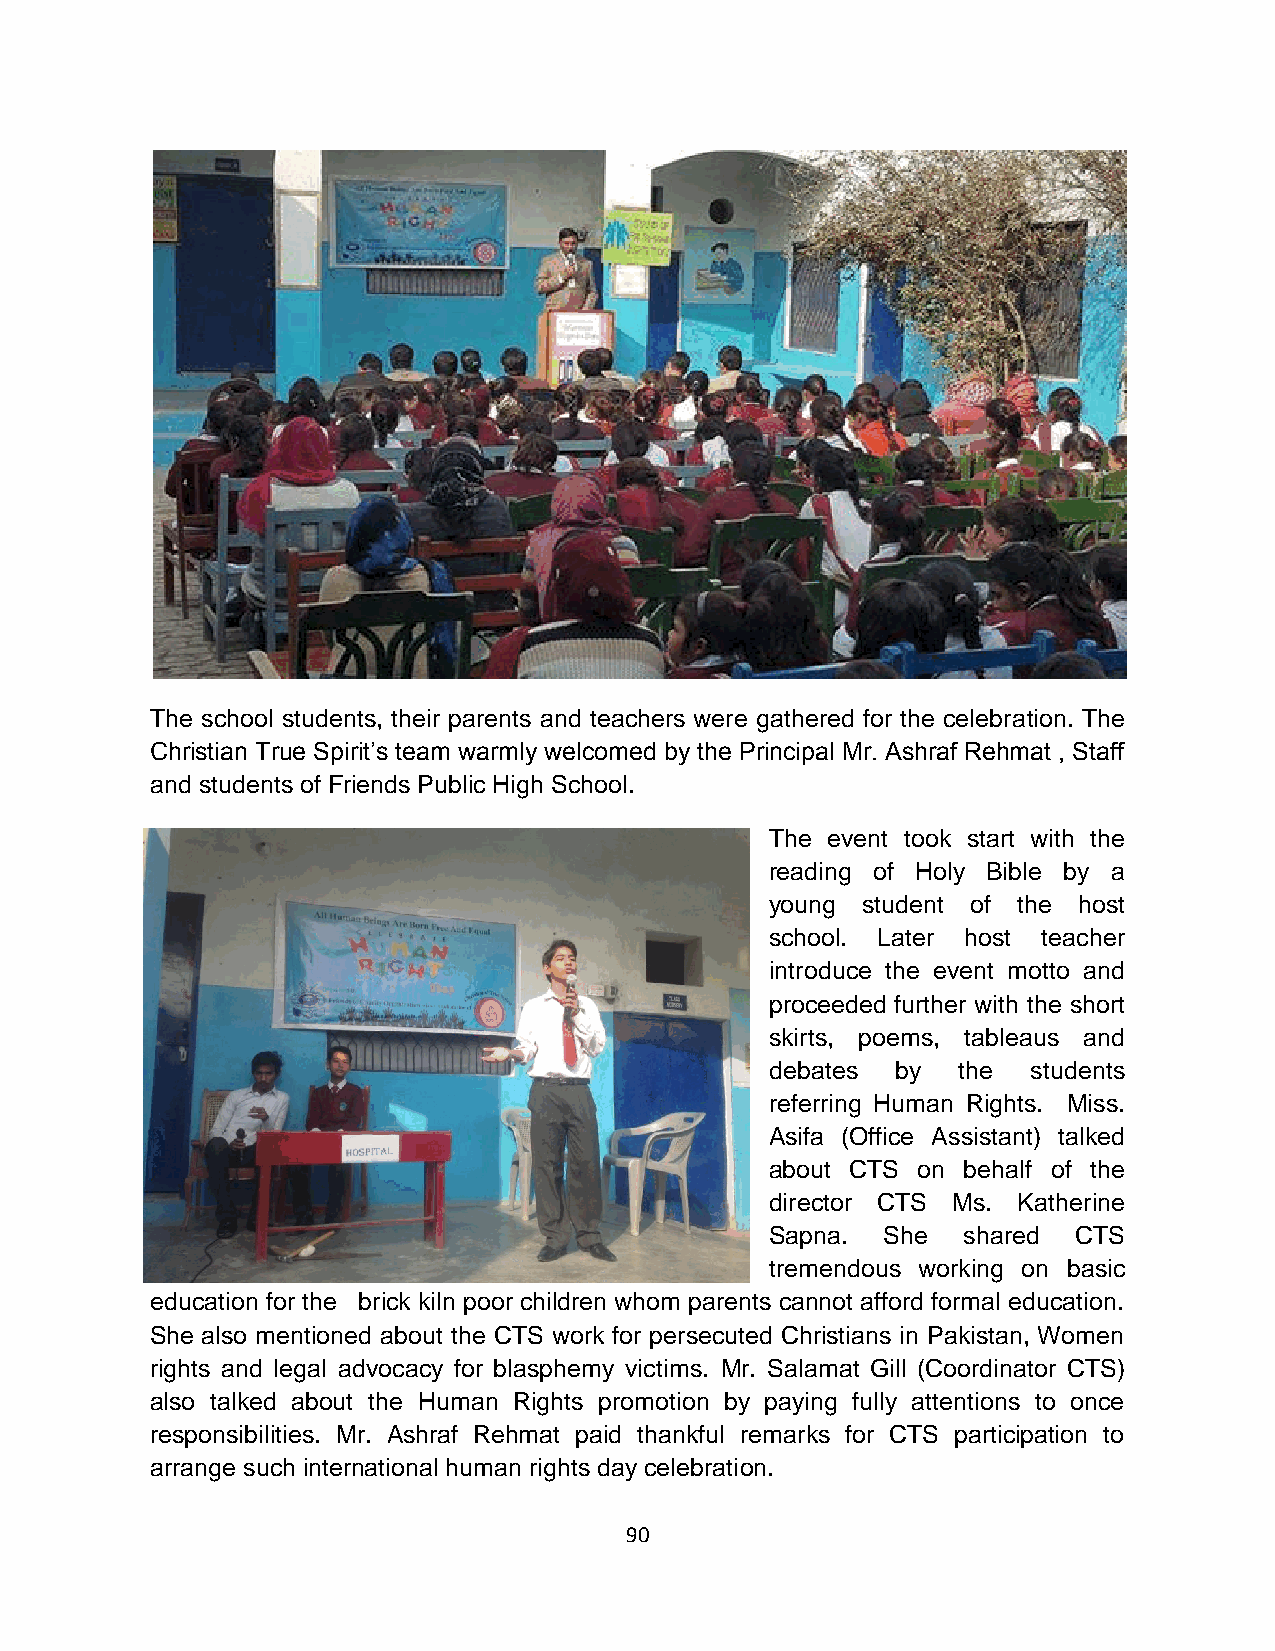
The school students, their parents and teachers were gathered for the celebration. The
 Christian True Spirit’s team warmly welcomed by the Principal Mr. Ashraf Rehmat , Staff
 and students of Friends Public High School.
 The event took start with the
 reading of Holy Bible by a
 young student of the host
 school. Later host teacher
 introduce the event motto and
 proceeded further with the short
 skirts, poems, tableaus and
 debates by  the  students
 referring Human Rights. Miss.
 Asifa (Office Assistant) talked
 about CTS on behalf of the
 director CTS Ms. Katherine
 Sapna. She   shared CTS
 tremendous working on basic
 education for the brick kiln poor children whom parents cannot afford formal education.
 She also mentioned about the CTS work for persecuted Christians in Pakistan, Women
 rights and legal advocacy for blasphemy victims. Mr. Salamat Gill (Coordinator CTS)
 also talked about the Human Rights promotion by paying fully attentions to once
 responsibilities. Mr. Ashraf Rehmat paid thankful remarks for CTS participation to
 arrange such international human rights day celebration.
 90